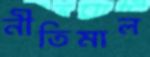
নীতিমাল